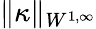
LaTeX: \| \kappa\| _{W^{1,\infty}}